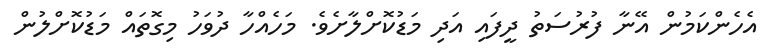
އެހެންކަމުން އޭނާ ފުރުސަތު ދީފައި އަދި މަޑުކޮށްލާށެވެ. މަހެއްހާ ދުވަހު މިގޮތައް މަޑުކޮށްލުން